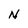
Character: N